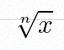
\sqrt[n]{x}